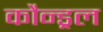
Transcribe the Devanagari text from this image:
कौन्ड्रल